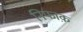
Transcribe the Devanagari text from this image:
निफाक़